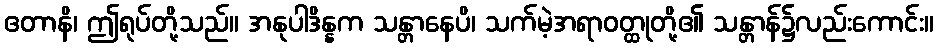
ဧတာနိ၊ ဤရုပ်တို့သည်။ အနုပါဒိန္နက သန္တာနေပိ၊ သက်မဲ့အရာဝတ္ထုတို့၏ သန္တာန်၌လည်းကောင်း။